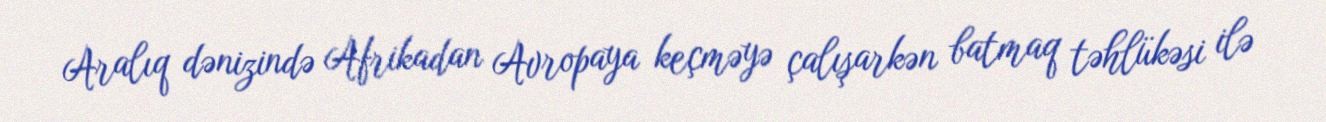
Aralıq dənizində Afrikadan Avropaya keçməyə çalışarkən batmaq təhlükəsi ilə